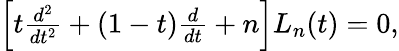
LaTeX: \begin{array}{r}{\left[t\frac{d^{2}}{dt^{2}}+(1-t)\frac{d}{dt}+n\right]L_{n}(t)=0,}\end{array}